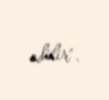
edilir".